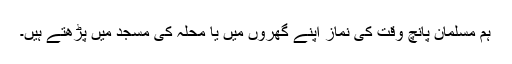
ہم مسلمان پانچ وقت کی نماز اپنے گھروں میں یا محلہ کی مسجد میں پڑھتے ہیں۔